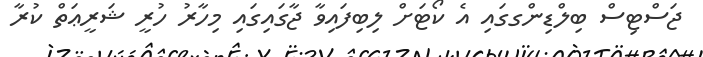
ޖަސްޓިސް ބިލްޑިންގގައި އެ ކޯޓަށް ލިބިފައިވާ ޖާގައިގައި މިހާރު ހުރީ ޝަރީޢަތް ކުރާ